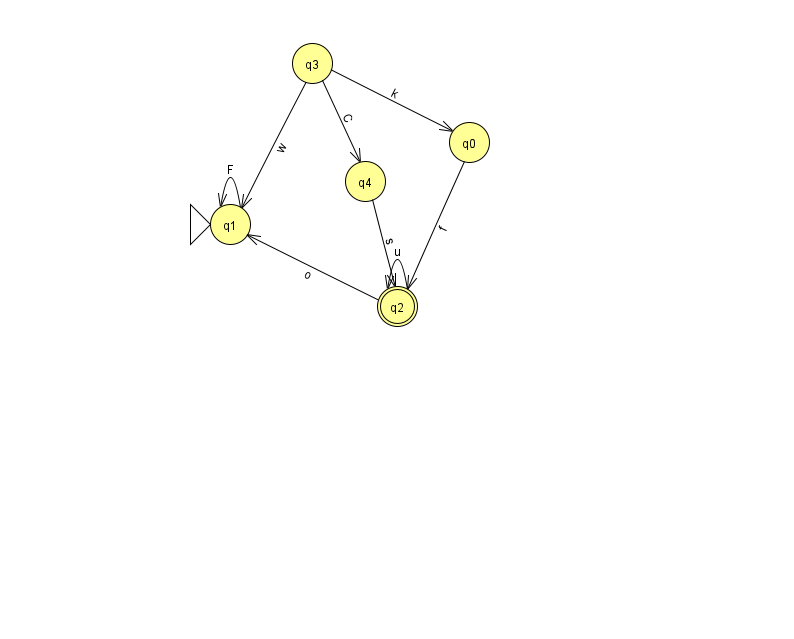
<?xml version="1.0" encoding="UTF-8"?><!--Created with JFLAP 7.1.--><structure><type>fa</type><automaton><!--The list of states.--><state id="0" name="q0"><x>469.0</x><y>129.0</y></state><state id="1" name="q1"><x>230.0</x><y>211.0</y><initial/></state><state id="2" name="q2"><x>397.0</x><y>293.0</y><final/></state><state id="3" name="q3"><x>312.0</x><y>50.0</y></state><state id="4" name="q4"><x>365.0</x><y>168.0</y></state><!--The list of transitions.--><transition><from>0</from><to>2</to><read>f</read></transition><transition><from>3</from><to>1</to><read>w</read></transition><transition><from>2</from><to>2</to><read>u</read></transition><transition><from>1</from><to>1</to><read>F</read></transition><transition><from>3</from><to>4</to><read>C</read></transition><transition><from>4</from><to>2</to><read>s</read></transition><transition><from>2</from><to>1</to><read>o</read></transition><transition><from>3</from><to>0</to><read>k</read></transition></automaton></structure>